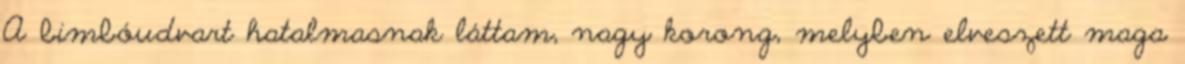
A bimbóudvart hatalmasnak láttam, nagy korong, melyben elveszett maga